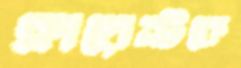
ক্লায়েন্টকে